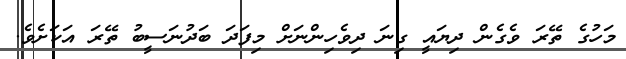
މަހުގެ ތޭރަ ވެގެން ދިޔައީ ގިނަ ދިވެހިންނަށް މިފަދަ ބަދުނަސީބު ތޭރަ އަކަށެވެ.